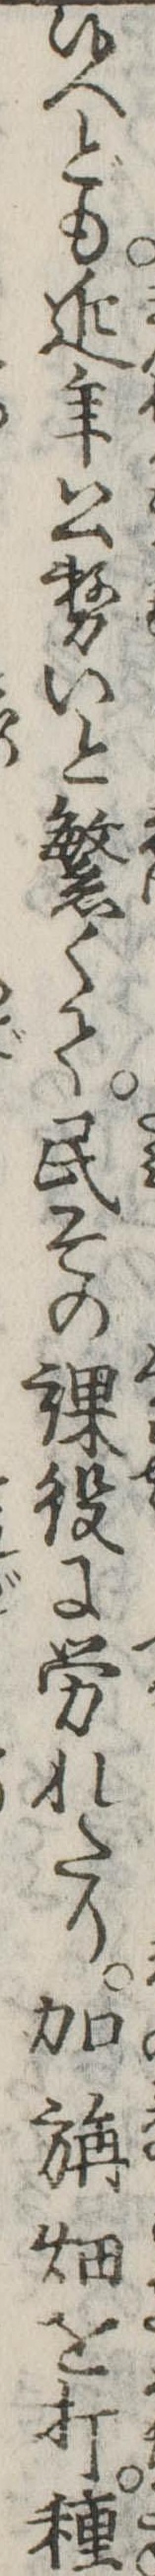
候へども近年公務いと繁くて民その課役に労れたり加旃畑を打種